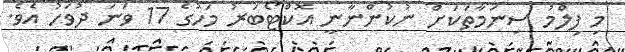
މި ފިލްމު ސިނަމާތަކަށް ނުކުންނާނީ އޮކްޓޯބަރު މަހުގެ 17 ވަނަ ދުވަހު އެވެ.